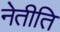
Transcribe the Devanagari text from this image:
नेतीति